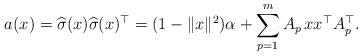
LaTeX: \begin{align*}a(x) = \widehat\sigma(x)\widehat\sigma(x)^\top = (1-\|x\|^2)\alpha + \sum_{p=1}^m A_p\, xx^\top A_p^\top.\end{align*}